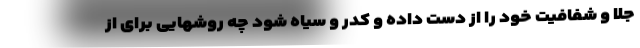
جلا و شفافیت خود را از دست داده و کدر و سیاه شود چه روشهایی برای از